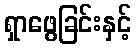
ရှာဖွေခြင်းနှင့်